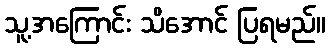
သူ့အကြောင်း သိအောင် ပြရမည်။